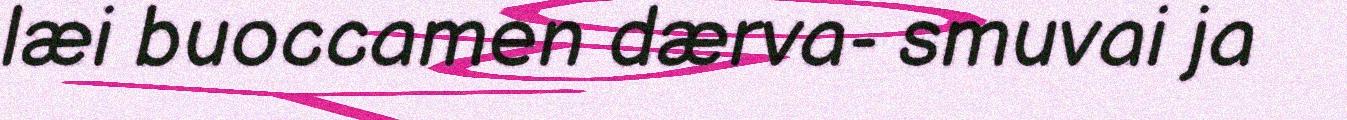
læi buoccamen dærva- smuvai ja